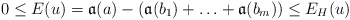
\begin{align*}0 \le E(u)=\mathfrak{a}(a)-(\mathfrak{a}(b_1) + \hdots + \mathfrak{a}(b_m)) \le E_H(u)\end{align*}